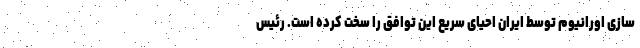
سازی اورانیوم توسط ایران احیای سریع این توافق را سخت کرده است. رئیس